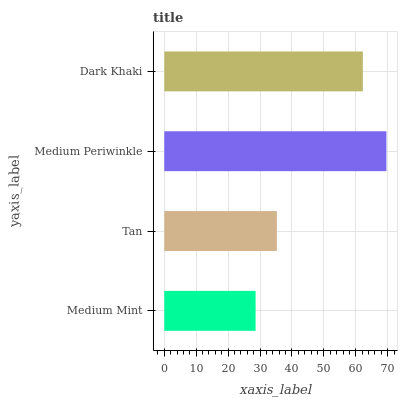
| yaxis_label | bars |
 | --- | --- |
 | Medium Mint | 28.6 |
 | Tan | 35.3 |
 | Medium Periwinkle | 69.6 |
 | Dark Khaki | 62.2 |